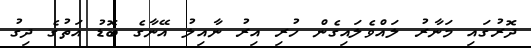
ދޮރުގައި މަނާރު ލައްވެލައިގެން ހުރި އިރު ނާއިލު އޭނާގެ ބޮޑު އަތުގެ ދިގު